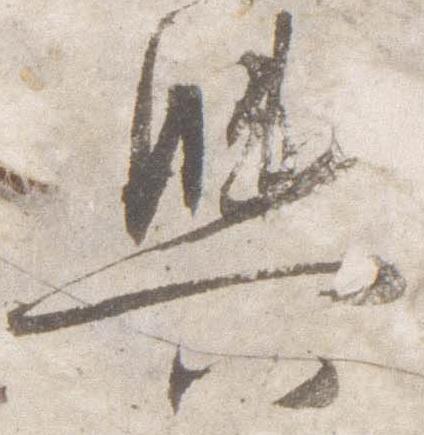
輿